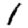
Digit: 1